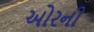
ઓરની